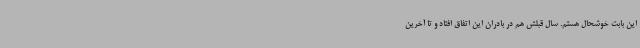
این بابت خوشحال هستم. سال قبلش هم در بادران این اتفاق افتاد و تا آخرین